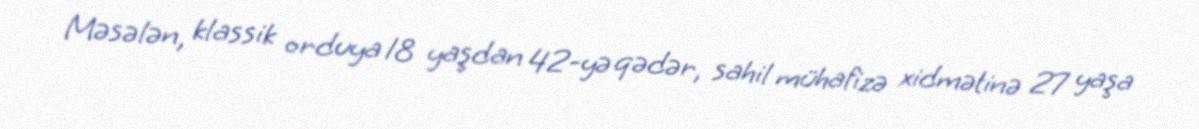
Məsələn, klassik orduya 18 yaşdan 42-yə qədər, sahil mühafizə xidmətinə 27 yaşa